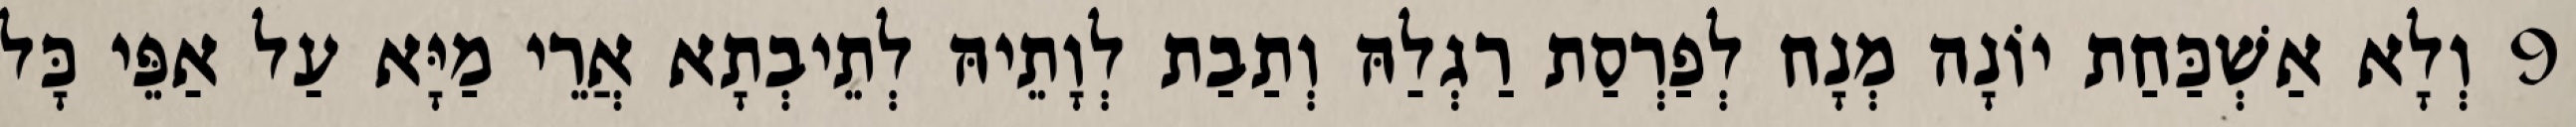
9 וְלָא אַשְׁכַּחַת יוֹנָה מְנָח לְפַרְסַת רַגְלַהּ וְתַבַת לְוָתֵיהּ לְתֵיבְתָא אֲרֵי מַיָּא עַל אַפֵּי כָּל